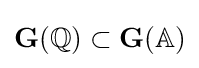
\mathbf {G} (\mathbb {Q} )\subset \mathbf {G} (\mathbb {A} )